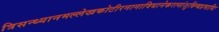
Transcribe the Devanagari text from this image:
त्रिसन्ध्यानमल्लेखकोटीरनानाविधानेकरत्नांशुबिम्बप्रभाभिः